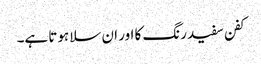
کفن سفید رنگ کا اور ان سلا ہوتا ہے۔